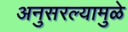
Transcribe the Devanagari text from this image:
अनुसरल्यामुळे